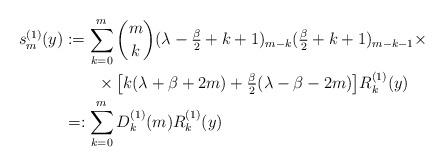
LaTeX: \begin{align*} s^{(1)}_m(y) & := \sum_{k=0}^{m} {m\choose k}(\lambda-\tfrac{\beta}{2}+k+1)_{m-k}(\tfrac{\beta}{2}+k+1)_{m-k-1}\times\\ &\quad\quad\times\big[k(\lambda+\beta+2m)+\tfrac{\beta}{2}(\lambda-\beta-2m)\big] R^{(1)}_k(y)\\ & =: \sum_{k=0}^m D^{(1)}_k(m)R^{(1)}_k(y) \end{align*}